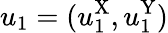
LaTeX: u_{1}=(u_{1}^{\mathrm{X}},u_{1}^{\mathrm{Y}})